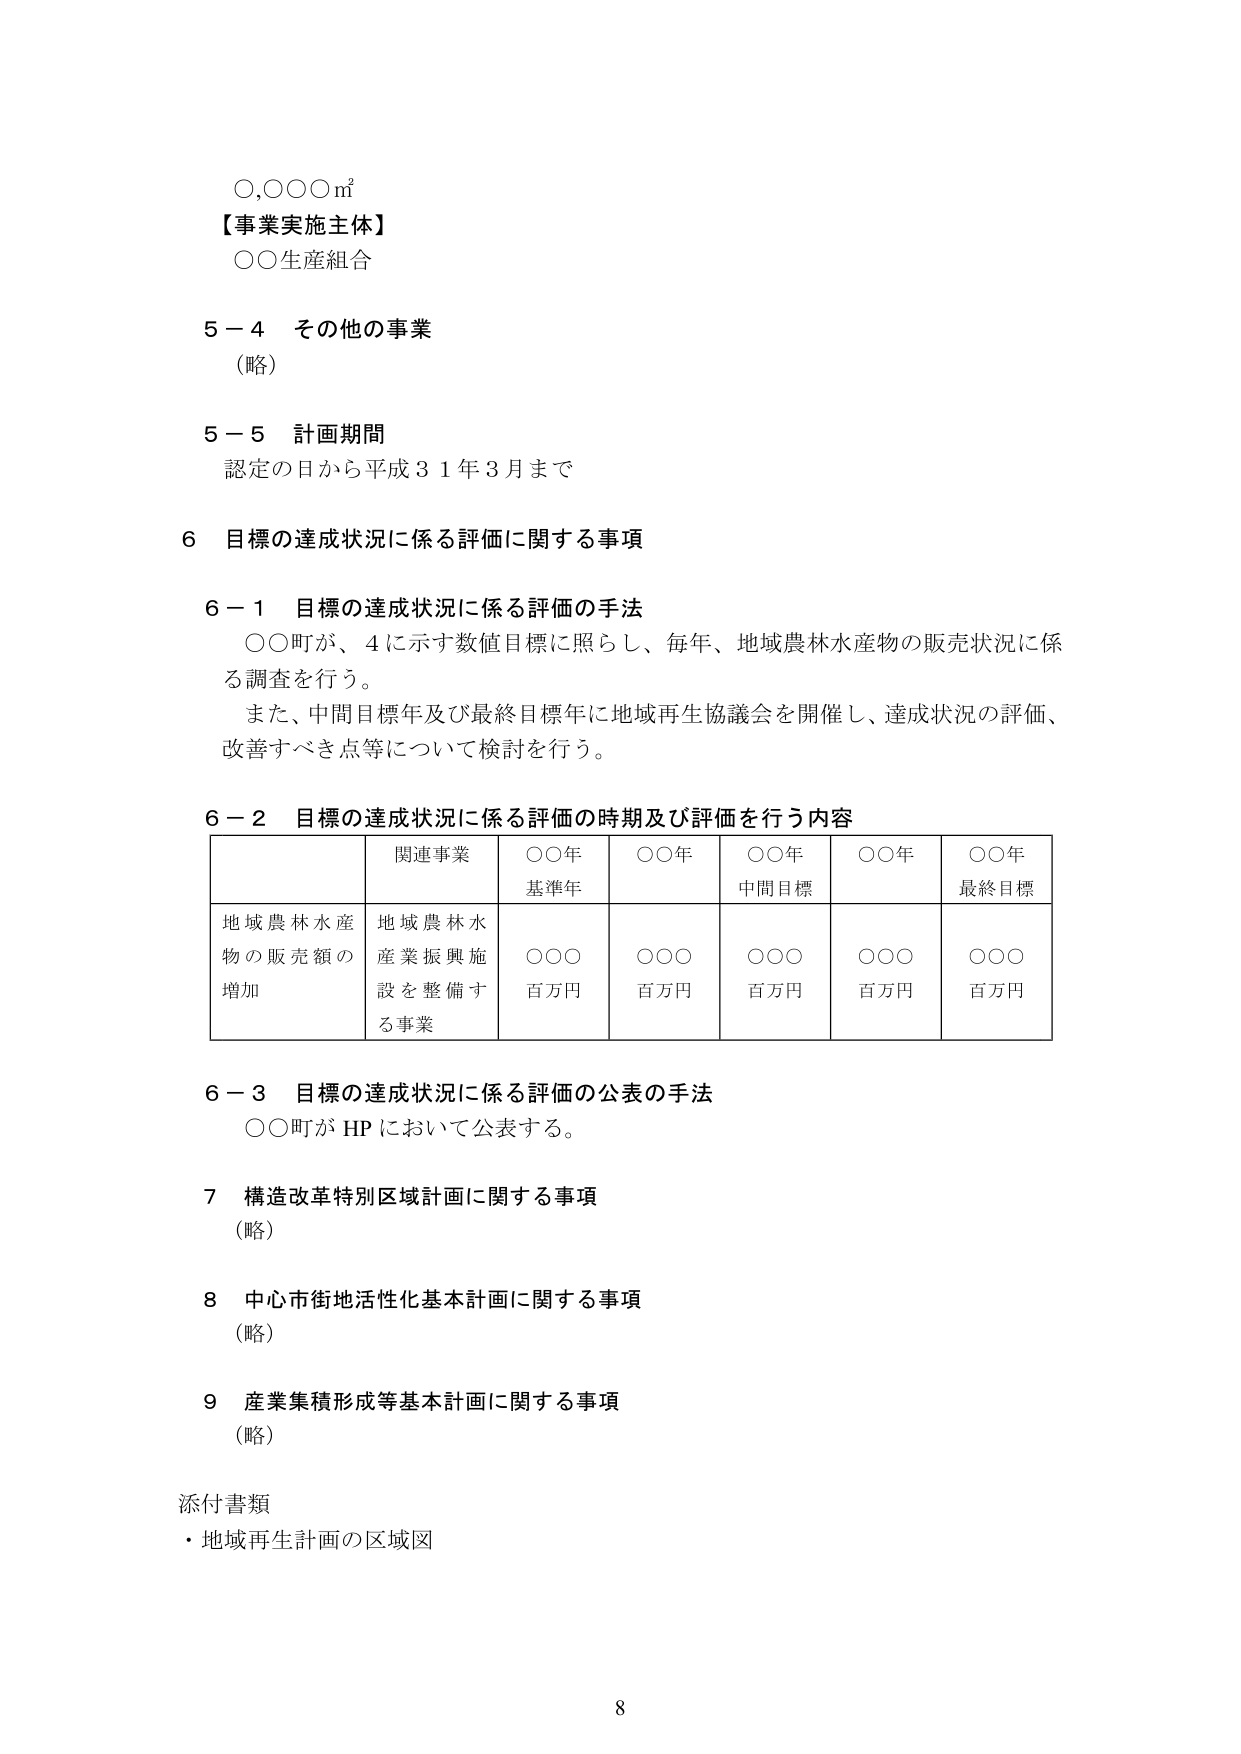
〇,〇〇〇㎡
【事業実施主体】
〇〇生産組合

5－4 その他の事業
（略）

5－5 計画期間
認定の日から平成31年3月まで

6 目標の達成状況に係る評価に関する事項

6－1 目標の達成状況に係る評価の手法
〇〇町が、4に示す数値目標に照らし、毎年、地域農林水産物の販売状況に係る調査を行う。
また、中間目標年及び最終目標年に地域再生協議会を開催し、達成状況の評価、改善すべき点等について検討を行う。

6－2 目標の達成状況に係る評価の時期及び評価を行う内容
| | 関連事業 | 〇〇年 基準年 | 〇〇年 | 〇〇年 中間目標 | 〇〇年 | 〇〇年 最終目標 |
|---|---|---|---|---|---|---|
| 地域農林水産物の販売額の増加 | 地域農林水産業振興施設を整備する事業 | 〇〇〇 百万円 | 〇〇〇 百万円 | 〇〇〇 百万円 | 〇〇〇 百万円 | 〇〇〇 百万円 |

6－3 目標の達成状況に係る評価の公表の手法
〇〇町が HP において公表する。

7 構造改革特別区域計画に関する事項
（略）

8 中心市街地活性化基本計画に関する事項
（略）

9 産業集積形成等基本計画に関する事項
（略）

添付書類
・地域再生計画の区域図

8